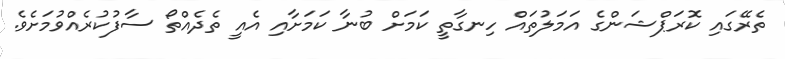
ތެރޭގައި ކޮރަޕްޝަންގެ އަމަލުތައް ހިނގާތީ ކަމަށް ބުނާ ކަމަށާއި އެއީ ތެދެއްތޯ ސާފުކުރެއްވުމަށެވެ.